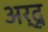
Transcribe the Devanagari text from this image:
अर्दू